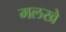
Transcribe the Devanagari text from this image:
मलखे